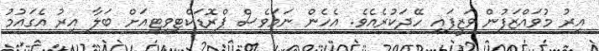
އިރު މުވައްޒަފުން ވަޒީފައި ހޭދަކުރެއެވެ. އެހެން ނަމަވެސް ޕްރޮޑަކްޓިވިޓީއަށް ބަލާ އިރު އެގައުމު